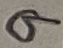
Text: 9